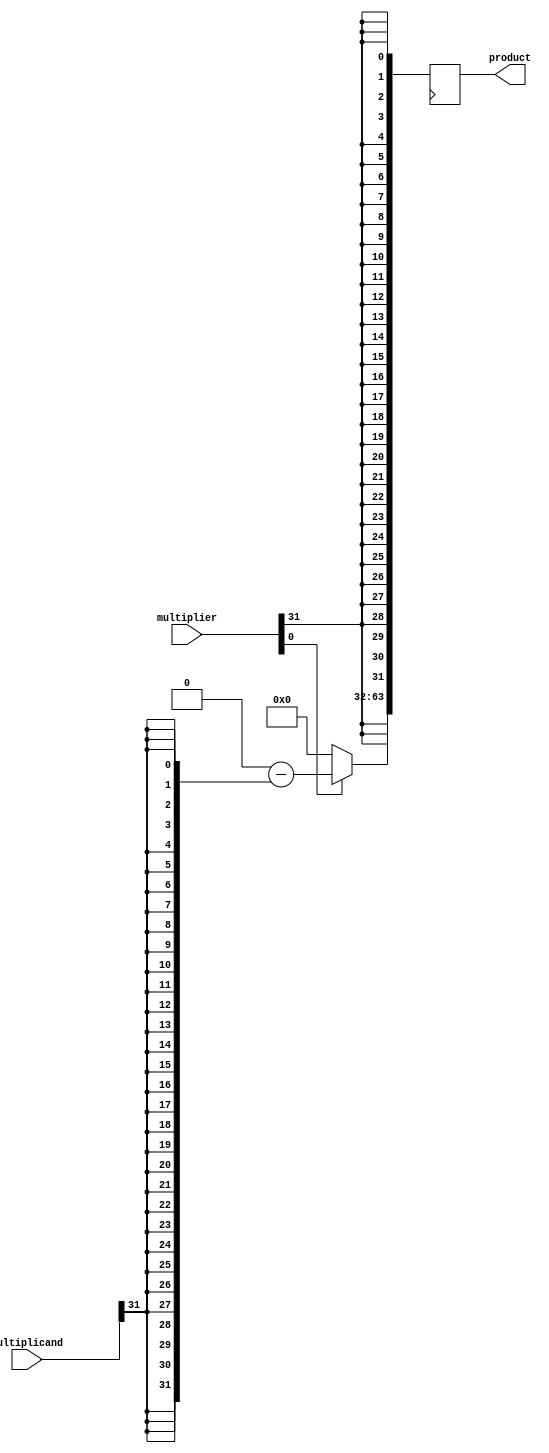
module booth_multiplier(
    input [31:0] multiplicand,
    input [31:0] multiplier,
    output reg [63:0] product
);

reg [31:0] a, s, p;

always @(*) begin
    a = {32{multiplicand[31]}};
    s = {32{multiplier[31]}};
    p = 0;
end

always @(posedge clock) begin
    if (multiplier[0] == 1 && p[0] == 0)
        p = p - a;
    else if (multiplier[0] == 0 && p[0] == 1)
        p = p + a;

    product = {p, s};

    if (p[63] == 1)
        p = {p[63], p[63:32]};
    else
        p = {32'h0, p[31:0]};
end

endmodule